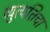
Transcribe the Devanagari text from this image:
व्युत्पत्तिचा